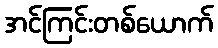
အင်ကြင်းတစ်ယောက်